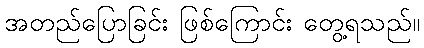
အတည်ပြောခြင်း ဖြစ်ကြောင်း တွေ့ရသည်။